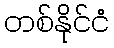
တစ်နိုင်ငံ